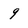
Character: 9